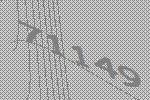
71149